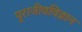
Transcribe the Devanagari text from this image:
पुराजीवविज्ञान